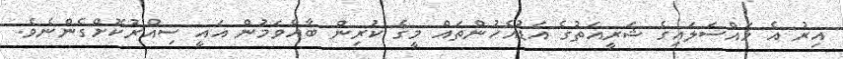
އިރު އެ މައްސަލައިގެ ޝަރީއަތުގެ އަޑުއެހުންތައް މީގެ ކުރިން ބާއްވަމުން އައީ ސިއްރުކޮށްގެންނެވެ.